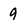
Character: 9